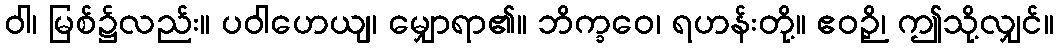
ဝါ၊ မြစ်၌လည်း။ ပဝါဟေယျ၊ မျှောရာ၏။ ဘိက္ခဝေ၊ ရဟန်းတို့။ ဧဝဉှိ၊ ဤသို့လျှင်။